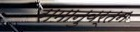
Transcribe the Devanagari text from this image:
समानुवर्तन